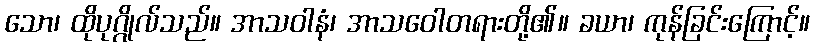
သော၊ ထိုပုဂ္ဂိုလ်သည်။ အာသဝါနံ၊ အာသဝေါတရားတို့၏။ ခယာ၊ ကုန်ခြင်းကြောင့်။